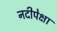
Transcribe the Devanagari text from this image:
नदीपेक्षा